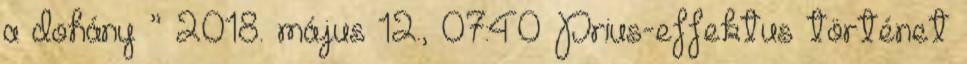
a dohány ” 2018. május 12., 07:40 ‎Prius-effektus történet